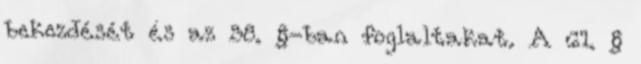
bekezdését és az 58. §-ban foglaltakat. A 61. §